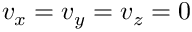
v _ { x } = v _ { y } = v _ { z } = 0